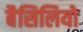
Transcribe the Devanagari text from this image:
बैसिलियो